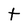
Character: t